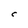
Character: C